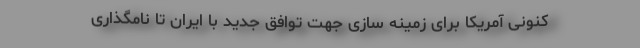
کنونی آمریکا برای زمینه سازی جهت توافق جدید با ایران تا نامگذاری